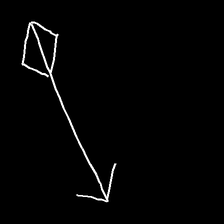
Glyph: focus